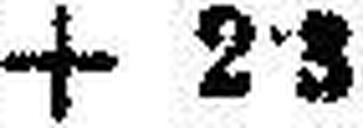
+ 2·3